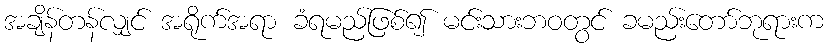
အချိန်တန်လျှင် အရိုက်အရာ ခံရမည်ဖြစ်၍ မင်းသားဘဝတွင် ခမည်းတော်ဘုရားက